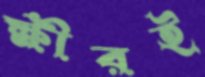
ক্ষীরই